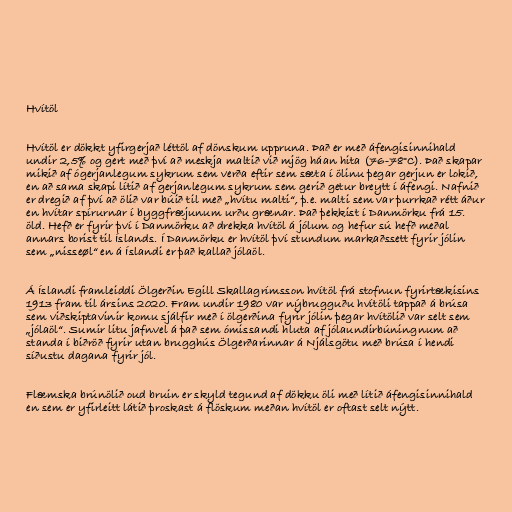
Hvítöl

Hvítöl er dökkt yfirgerjað léttöl af dönskum uppruna. Það er með áfengisinnihald
undir 2,5% og gert með því að meskja maltið við mjög háan hita (76-78°C). Það skapar
mikið af ógerjanlegum sykrum sem verða eftir sem sæta í ölinu þegar gerjun er lokið,
en að sama skapi lítið af gerjanlegum sykrum sem gerið getur breytt í áfengi. Nafnið
er dregið af því að ölið var búið til með „hvítu malti“, þ.e. malti sem var þurrkað rétt áður
en hvítar spírurnar í byggfræjunum urðu grænar. Það þekkist í Danmörku frá 15.
öld. Hefð er fyrir því í Danmörku að drekka hvítöl á jólum og hefur sú hefð meðal
annars borist til Íslands. Í Danmörku er hvítöl því stundum markaðssett fyrir jólin
sem „nisseøl“ en á Íslandi er það kallað jólaöl.

Á Íslandi framleiddi Ölgerðin Egill Skallagrímsson hvítöl frá stofnun fyrirtækisins
1913 fram til ársins 2020. Fram undir 1980 var nýbrugguðu hvítöli tappað á brúsa
sem viðskiptavinir komu sjálfir með í ölgerðina fyrir jólin þegar hvítölið var selt sem
„jólaöl“. Sumir litu jafnvel á það sem ómissandi hluta af jólaundirbúningnum að
standa í biðröð fyrir utan brugghús Ölgerðarinnar á Njálsgötu með brúsa í hendi
síðustu dagana fyrir jól.

Flæmska brúnölið oud bruin er skyld tegund af dökku öli með lítið áfengisinnihald
en sem er yfirleitt látið þroskast á flöskum meðan hvítöl er oftast selt nýtt.